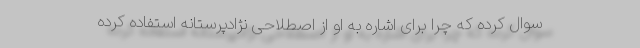
سوال کرده که چرا برای اشاره به او از اصطلاحی نژادپرستانه استفاده کرده